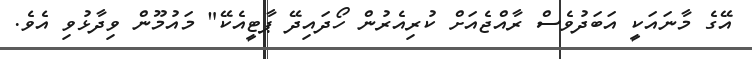
އޭގެ މާނައަކީ އަބަދުވެސް ރާއްޖެއަށް ކުރިއެރުން ހޯދައިދޭ ޕާޓީއެކޭ" މައުމޫން ވިދާޅުވި އެވެ.